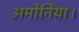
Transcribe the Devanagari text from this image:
अमोनिया।